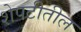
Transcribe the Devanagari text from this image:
शेपटीतील